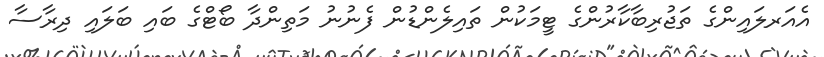
އެއަރލައިންގެ ތަޖުރިބާކާރުންގެ ޓީމަކުން ތައިލެންޑުން ފެނުނު މަތިންދާ ބޯޓްގެ ބައި ބަލައި ދިރާސާ